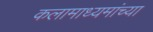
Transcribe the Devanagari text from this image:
कलामाध्यमांच्या